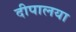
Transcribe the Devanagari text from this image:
दीपालया